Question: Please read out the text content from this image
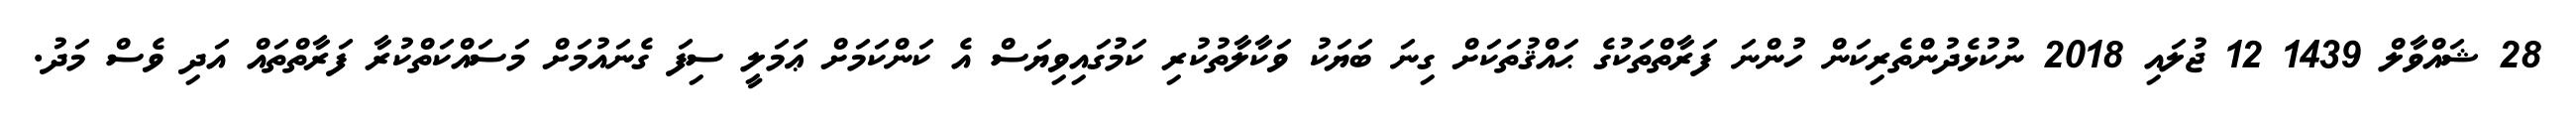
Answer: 28 ޝައްވާލް 1439 12 ޖުލައި 2018 ނުކުޅެދުންތެރިކަން ހުންނަ ފަރާތްތަކުގެ ޙައްޤުތަކަށް ގިނަ ބަޔަކު ވަކާލާތުކުރި ކަމުގައިވިޔަސް އެ ކަންކަމަށް ޢަމަލީ ސިފަ ގެނައުމަށް މަސައްކަތްކުރާ ފަރާތްތައް އަދި ވެސް މަދު.